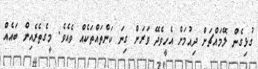
ގުޅިގެން ލޭމައްޗަށް ދިއުމަށް އެހީވެދޭ ވަރަށް ގިނަ ކަންތައްތަކެއް ވެއެވެ. މީގެތެެރެއިން ބައެއް